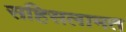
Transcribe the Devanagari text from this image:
सहिसलामत